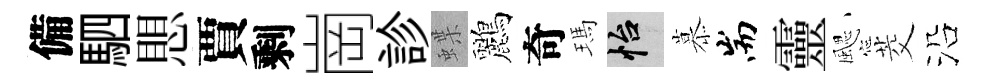
備駟愳賈剩崗診蝶鸝奇瑪怡慕耑靈颸茭沿